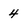
Character: 4